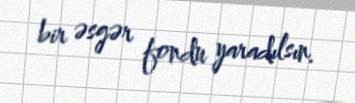
bir əsgər fondu yaradılsın.